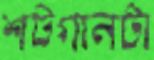
শটগানটা